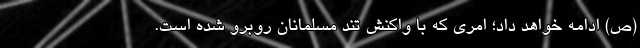
(ص) ادامه خواهد داد؛ امری که با واکنش تند مسلمانان روبرو شده است.